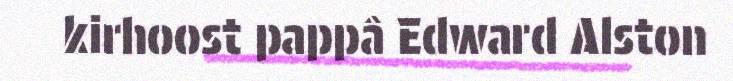
kirhoost pappâ Edward Alston